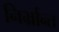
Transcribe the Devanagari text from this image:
निर्भ्रान्त